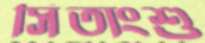
সিতাংশু